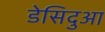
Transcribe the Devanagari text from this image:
डेसिदुआ